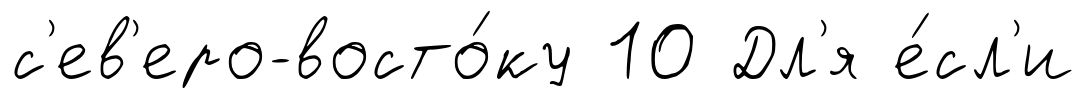
с'ев'еро-восто́ку 10 Дл'я е́сл'и